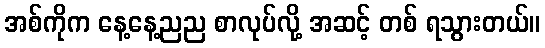
အစ်ကိုက နေ့နေ့ညည စာလုပ်လို့ အဆင့် တစ် ရသွားတယ်။